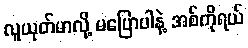
လူယုတ်မာလို့ မပြောပါနဲ့ အစ်ကိုရယ်